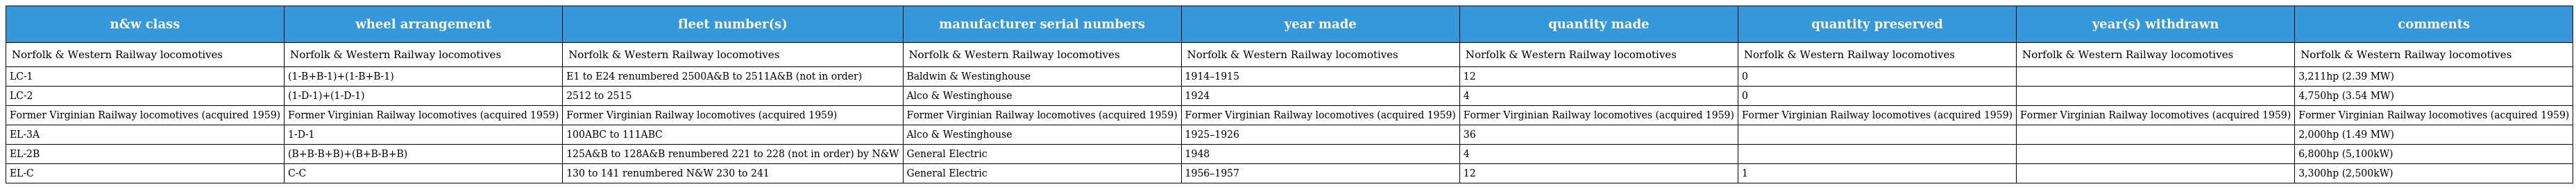
| n&w class | wheel arrangement | fleet number(s) | manufacturer serial numbers | year made | quantity made | quantity preserved | year(s) withdrawn | comments |
 | --- | --- | --- | --- | --- | --- | --- | --- | --- |
 | Norfolk & Western Railway locomotives | Norfolk & Western Railway locomotives | Norfolk & Western Railway locomotives | Norfolk & Western Railway locomotives | Norfolk & Western Railway locomotives | Norfolk & Western Railway locomotives | Norfolk & Western Railway locomotives | Norfolk & Western Railway locomotives | Norfolk & Western Railway locomotives |
 | LC-1 | (1-B+B-1)+(1-B+B-1) | E1 to E24 renumbered 2500A&B to 2511A&B (not in order) | Baldwin & Westinghouse | 1914–1915 | 12 | 0 |  | 3,211hp (2.39 MW) |
 | LC-2 | (1-D-1)+(1-D-1) | 2512 to 2515 | Alco & Westinghouse | 1924 | 4 | 0 |  | 4,750hp (3.54 MW) |
 | Former Virginian Railway locomotives (acquired 1959) | Former Virginian Railway locomotives (acquired 1959) | Former Virginian Railway locomotives (acquired 1959) | Former Virginian Railway locomotives (acquired 1959) | Former Virginian Railway locomotives (acquired 1959) | Former Virginian Railway locomotives (acquired 1959) | Former Virginian Railway locomotives (acquired 1959) | Former Virginian Railway locomotives (acquired 1959) | Former Virginian Railway locomotives (acquired 1959) |
 | EL-3A | 1-D-1 | 100ABC to 111ABC | Alco & Westinghouse | 1925–1926 | 36 |  |  | 2,000hp (1.49 MW) |
 | EL-2B | (B+B-B+B)+(B+B-B+B) | 125A&B to 128A&B renumbered 221 to 228 (not in order) by N&W | General Electric | 1948 | 4 |  |  | 6,800hp (5,100kW) |
 | EL-C | C-C | 130 to 141 renumbered N&W 230 to 241 | General Electric | 1956–1957 | 12 | 1 |  | 3,300hp (2,500kW) |